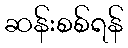
ဆန်းစစ်ရန်